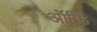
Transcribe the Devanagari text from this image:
ऑफि